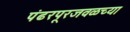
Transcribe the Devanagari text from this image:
पंढरपूरजवळच्या